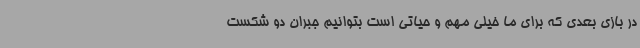
در بازی بعدی که برای ما خیلی مهم و حیاتی است بتوانیم جبران دو شکست